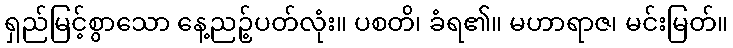
ရှည်မြင့်စွာသော နေ့ညဉ့်ပတ်လုံး။ ပစတိ၊ ခံရ၏။ မဟာရာဇ၊ မင်းမြတ်။